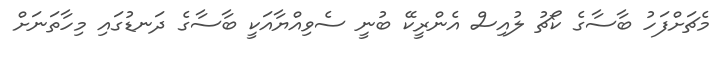
މެޗަށްފަހު ބާސާގެ ކޯޗު ލުއިސް އެންރީކޭ ބުނީ ސެވިއްޔާއަކީ ބާސާގެ ދަނޑުގައި މިހާތަނަށް